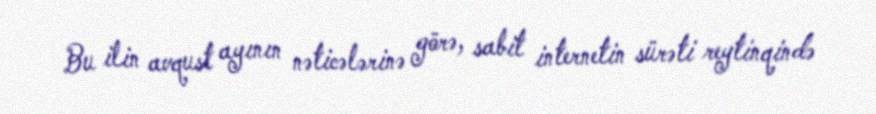
Bu ilin avqust ayının nəticələrinə görə, sabit internetin sürəti reytinqində